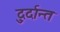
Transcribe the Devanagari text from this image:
दु्र्दान्त